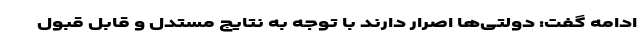
ادامه گفت: دولتی‌ها اصرار دارند با توجه به نتایج مستدل و قابل قبول